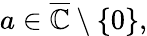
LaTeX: a\in{\overline{{\mathbb{C}}}}\setminus\{ 0\} ,